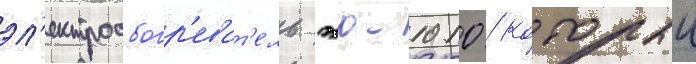
эл'ектрообогр'еват'ель эо-1010 / которыи